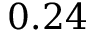
0 . 2 4